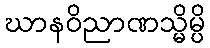
ဃာနဝိညာဏသ္မိမ္ပိ